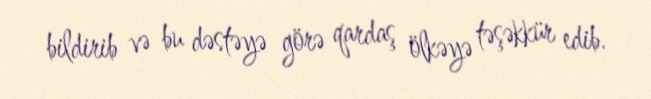
bildirib və bu dəstəyə görə qardaş ölkəyə təşəkkür edib.